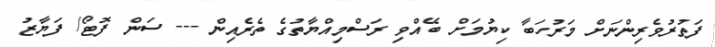
ފަތުރުވެރިންނަށް މަރުހަބާ ކިޔުމަށް ބޭއްވި ރަސްމިއްޔާތުގެ ތެރެއިން --- ސަން ފޮޓޯ/ ފަޔާޒު